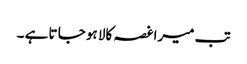
تب میرا غصہ کالا ہو جا تا ہے ۔